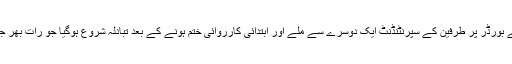
واہگہ کے بورڈر پر طرفین کے سپرنٹنڈنٹ ایک دوسرے سے ملے اور ابتدائی کارروائی ختم ہونے کے بعد تبادلہ شروع ہوگیا جو رات بھر جاری رہا۔